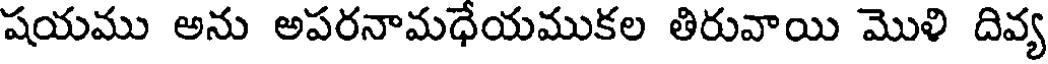
షయము అను అపరనామధేయముకల తిరువాయి మొళి దివ్య